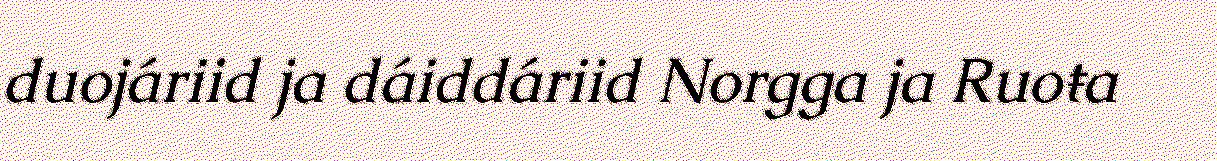
duojáriid ja dáiddáriid Norgga ja Ruoŧa